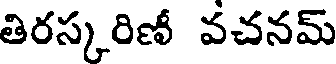
తిరస్కరిణీ వచనమ్